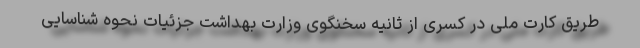
طریق کارت ملی در کسری از ثانیه سخنگوی وزارت بهداشت جزئیات نحوه شناسایی